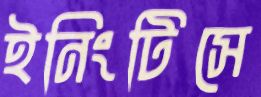
ইনিংটিসে